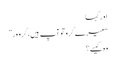
اور کہا
“میرے گُرو تو آپ ہیں، گرو ور”
وہ کیسے؟